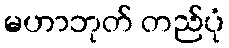
မဟာဘုတ် တည်ပုံ